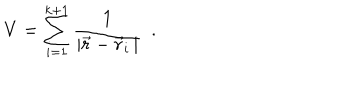
LaTeX: V = \sum _ { i = 1 } ^ { k + 1 } \frac { 1 } { | \vec { r } - \vec { r } _ { i } \, | } ~ ~ .